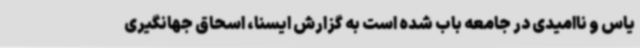
یاس و ناامیدی در جامعه باب شده است به گزارش ایسنا، اسحاق جهانگیری